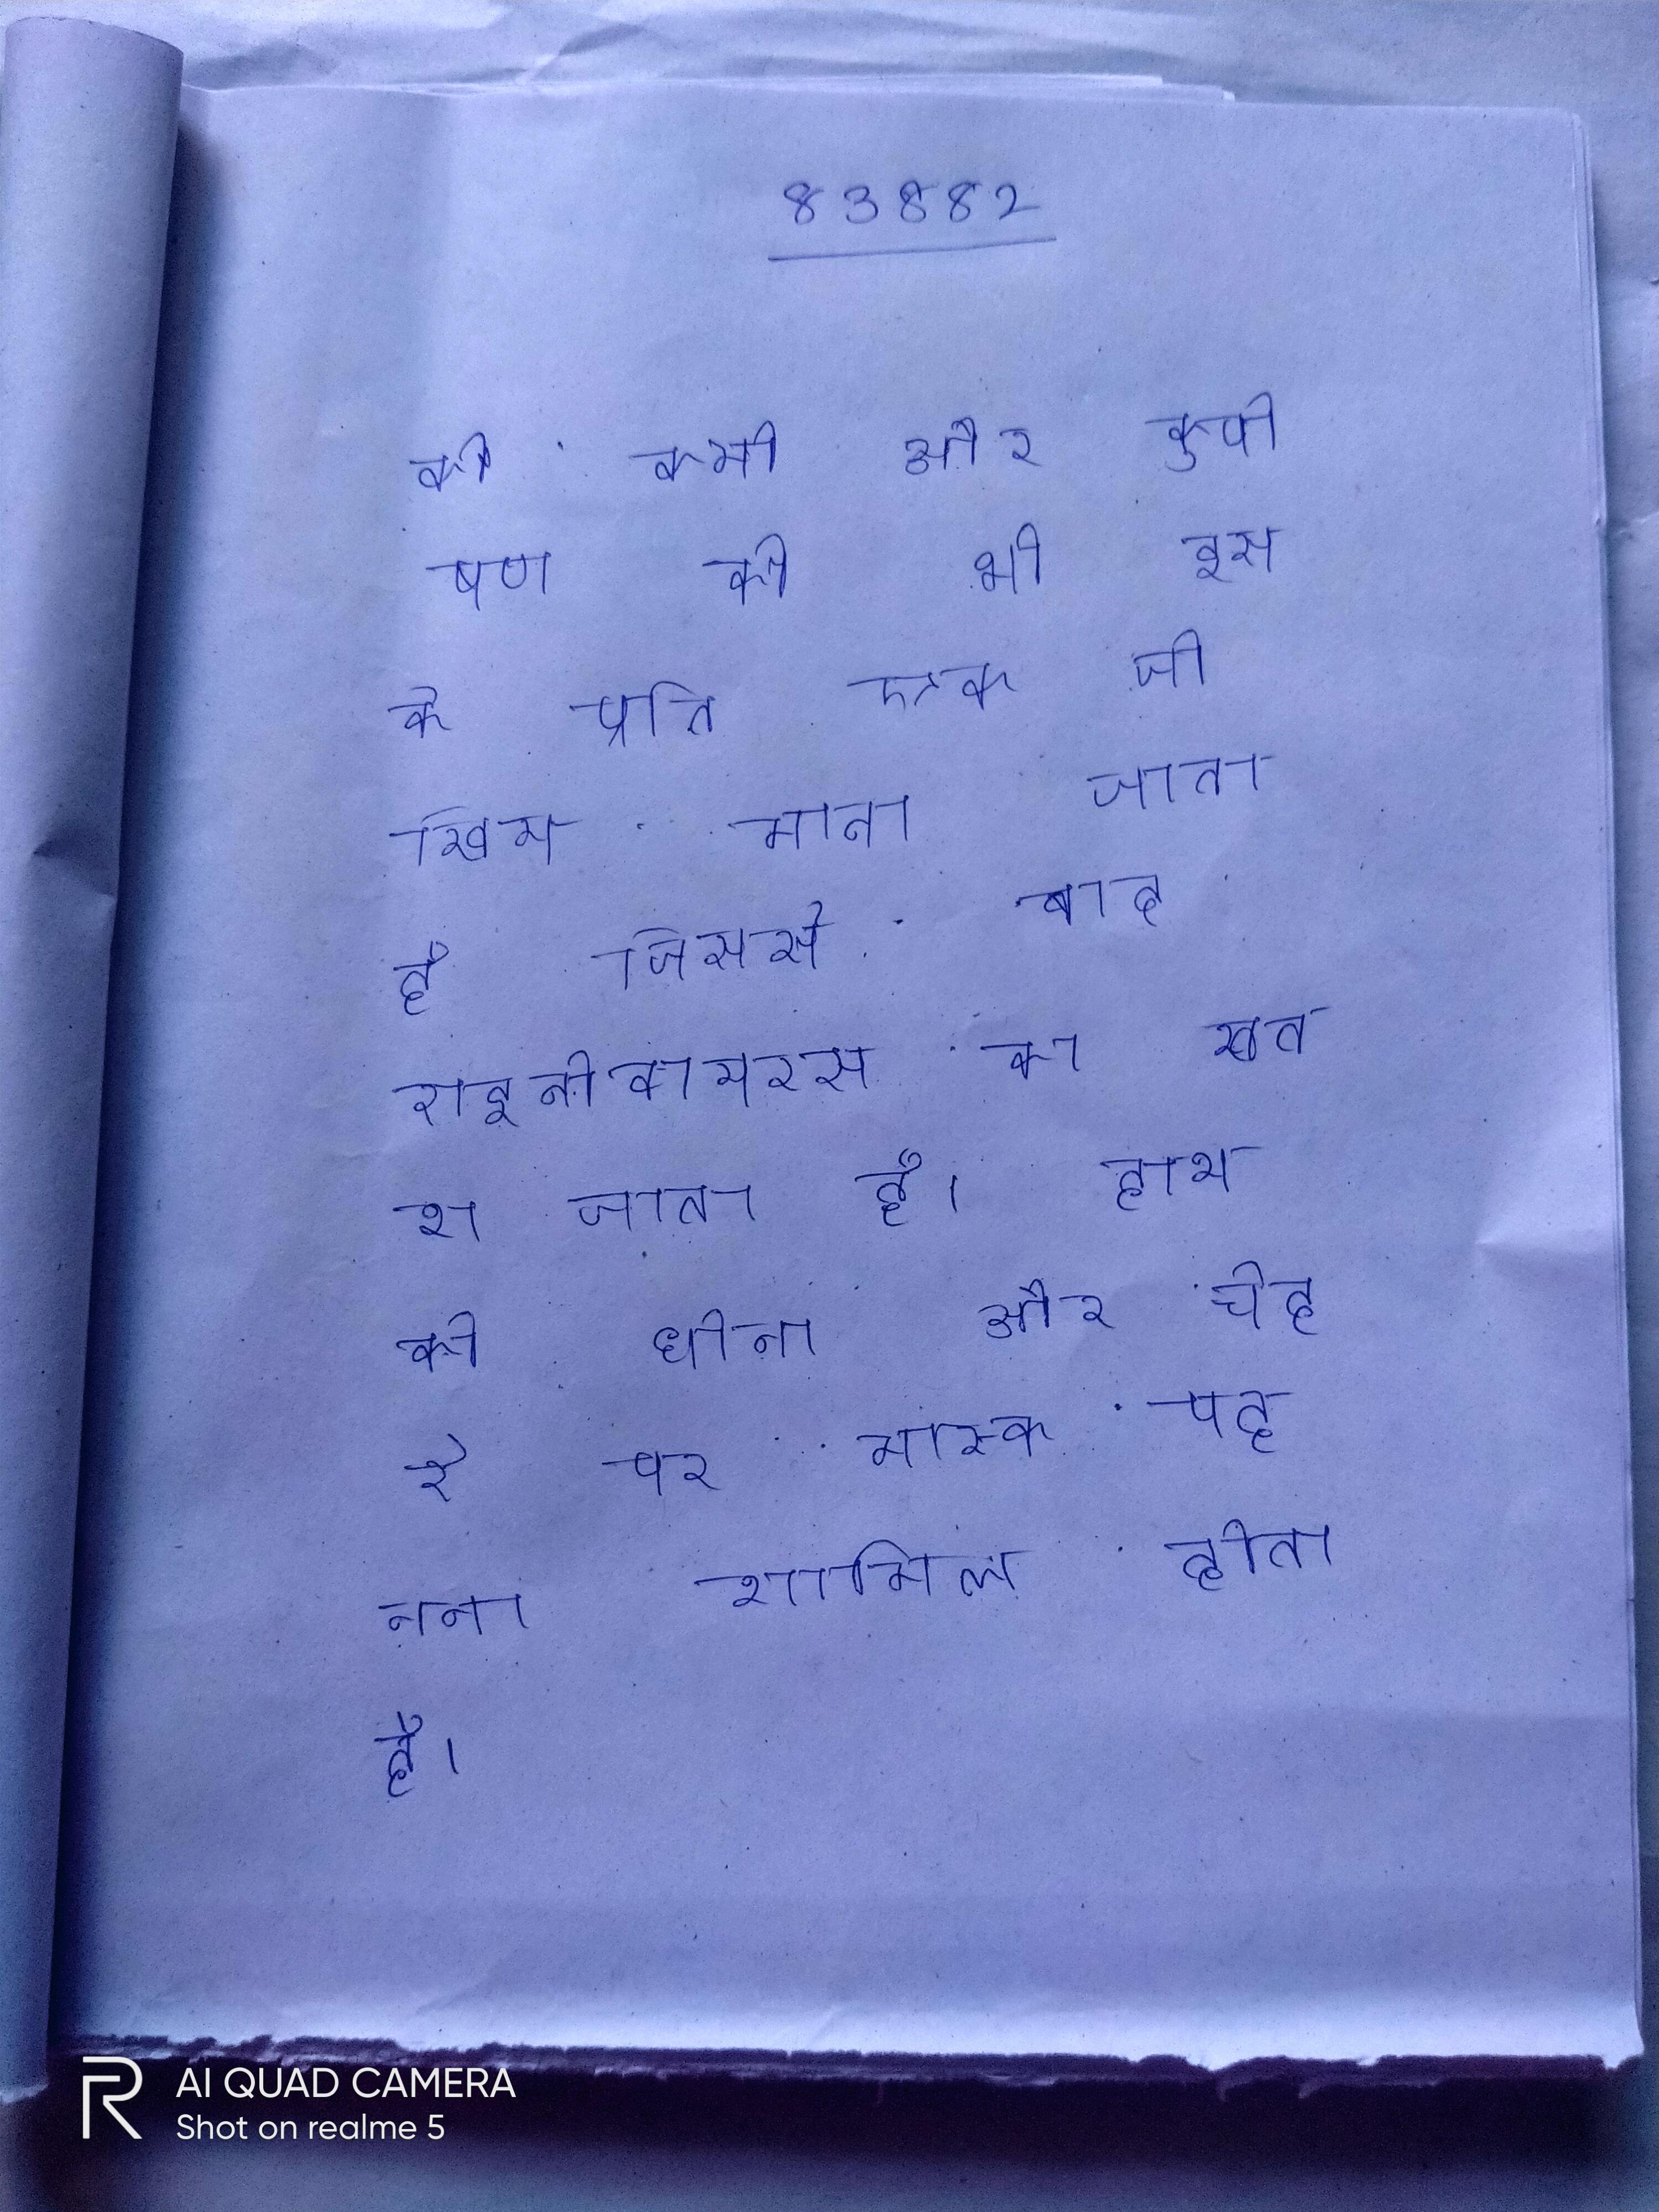
की कमी और कुपोषण को भी इस के प्रति एक जोखिम माना जाता है जिससे बाद राइनोवायरस का खतरा जाता है । हाथ को धोना और चेहरे पर मास्क पहनना शामिल होता है । ये वायरस वातावरण लम्बे समय तक बचे रह सकते ।